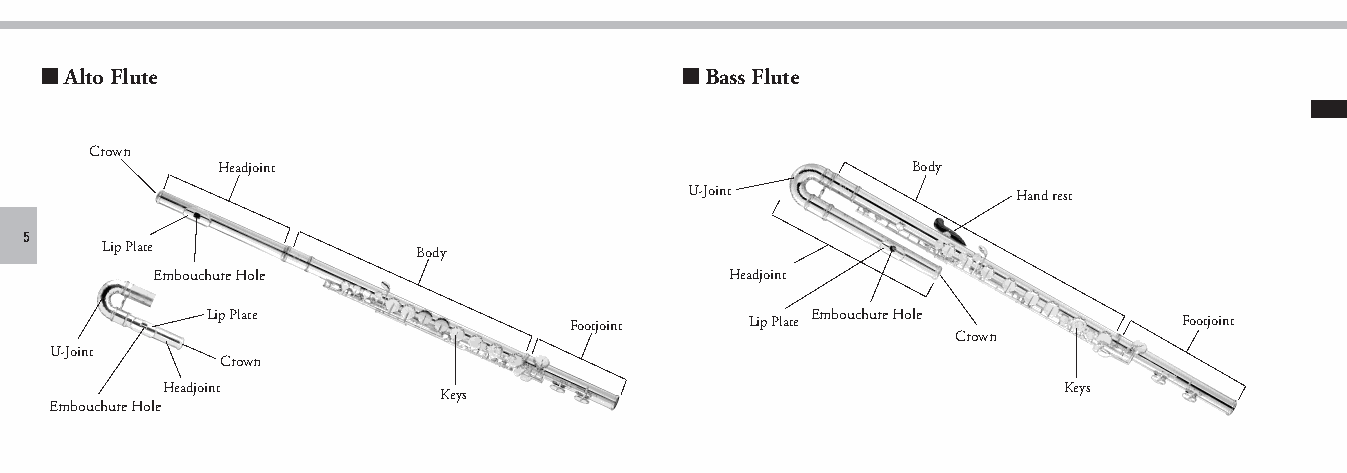
■ Alto Flute                              ■ Bass Flute
 Crown
 Headjoint                                    Body
 U-Joint              Hand rest
 5
 Lip Plate            Body
 Embouchure Hole                       Headjoint
 Lip Plate               Footjoint   Lip Plate Embouchure Hole   Footjoint
 Crown
 U-Joint
 Crown
 Headjoint                                                  Keys
 Keys
 Embouchure Hole
 piccolo_flute_en_om_b0_1224.indd 5                                              2021/01/07 13:01:07